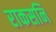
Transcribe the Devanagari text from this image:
राकसनि